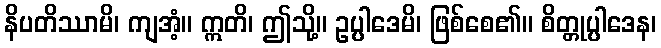
နိပတိဿာမိ၊ ကျအံ့။ ဣတိ၊ ဤသို့။ ဥပ္ပါဒေမိ၊ ဖြစ်စေ၏။ စိတ္တုပ္ပါဒေန၊